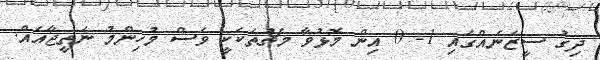
ދިގު ސީޒަނެއްގައި 1- 0 އިން މޮޅުވާ މެޗުތަކަކީ ވެސް މުހިންމު ނަތީޖާއެއް.